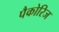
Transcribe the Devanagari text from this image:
पैकोरिज